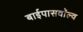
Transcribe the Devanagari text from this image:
बाईपासवॉल्व